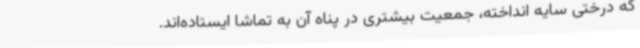
که درختی سایه انداخته، جمعیت بیشتری در پناه آن به تماشا ایستاده‌اند.